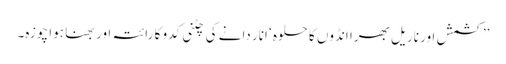
’’کشمش اور ناریل بھرا انڈوں کا حلوہ ‘ انار دانے کی چٹنی کدو کا رائتہ اور بھنا ہوا چوزہ۔